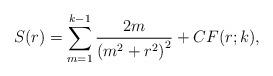
LaTeX: \begin{align*}S(r)=\sum_{m=1}^{k-1}\frac{2m}{\left(m^2+r^2\right)^2}+CF(r;k),\end{align*}